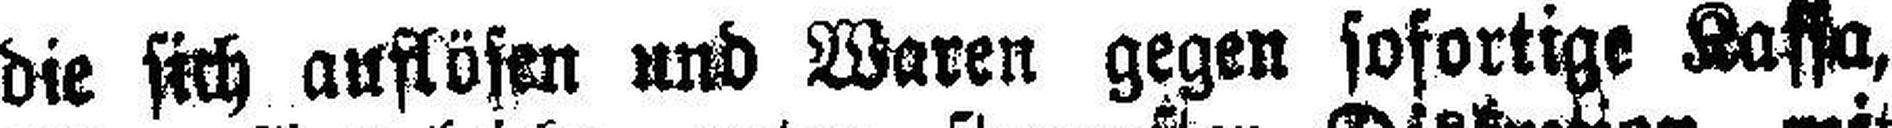
die sich auflösen und Waren gegen sofortige Kassa,